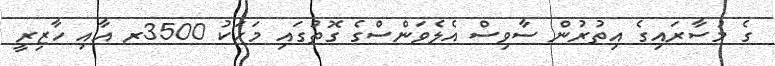
ގެ މުސާރައިގެ އިތުރުން ސާވިސް އެލެވަންސްގެ ގޮތުގައި މަހަކު 3500ރ އާއި ހާޒިރީ